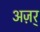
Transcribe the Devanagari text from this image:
अज़र्